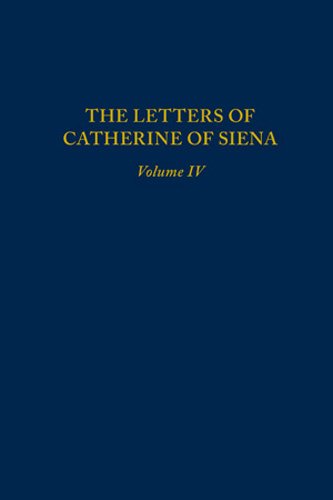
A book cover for The Letters of Catherine of Siena; Literature & Fiction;